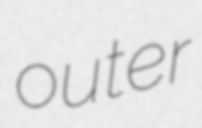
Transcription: outer